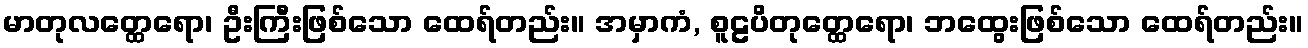
မာတုလတ္ထေရော၊ ဦးကြီးဖြစ်သော ထေရ်တည်း။ အမှာကံ, စူဠပိတုတ္ထေရော၊ ဘထွေးဖြစ်သော ထေရ်တည်း။